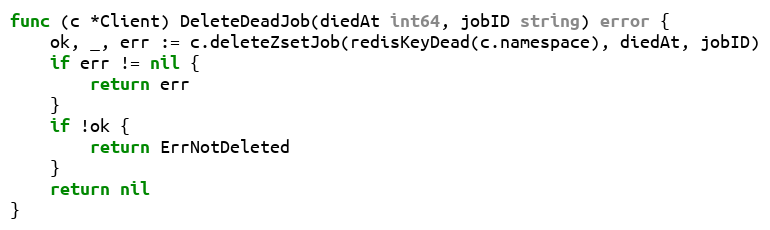
Language: Go
func (c *Client) DeleteDeadJob(diedAt int64, jobID string) error {
	ok, _, err := c.deleteZsetJob(redisKeyDead(c.namespace), diedAt, jobID)
	if err != nil {
		return err
	}
	if !ok {
		return ErrNotDeleted
	}
	return nil
}